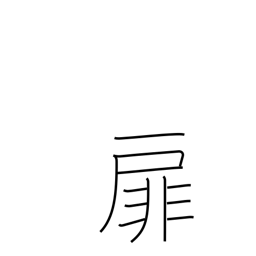
Meaning: front page